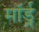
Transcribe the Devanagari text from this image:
मॉर्ड्न